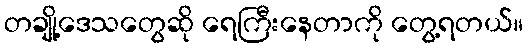
တချို့ဒေသတွေဆို ရေကြီးနေတာကို တွေ့ရတယ်။